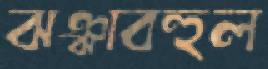
ঝঞ্ঝাবহুল